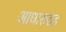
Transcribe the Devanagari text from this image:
आधारासह